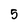
Character: 5